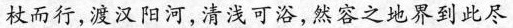
杖而行，渡汉阳河，清浅可浴，然容之地界到此尽